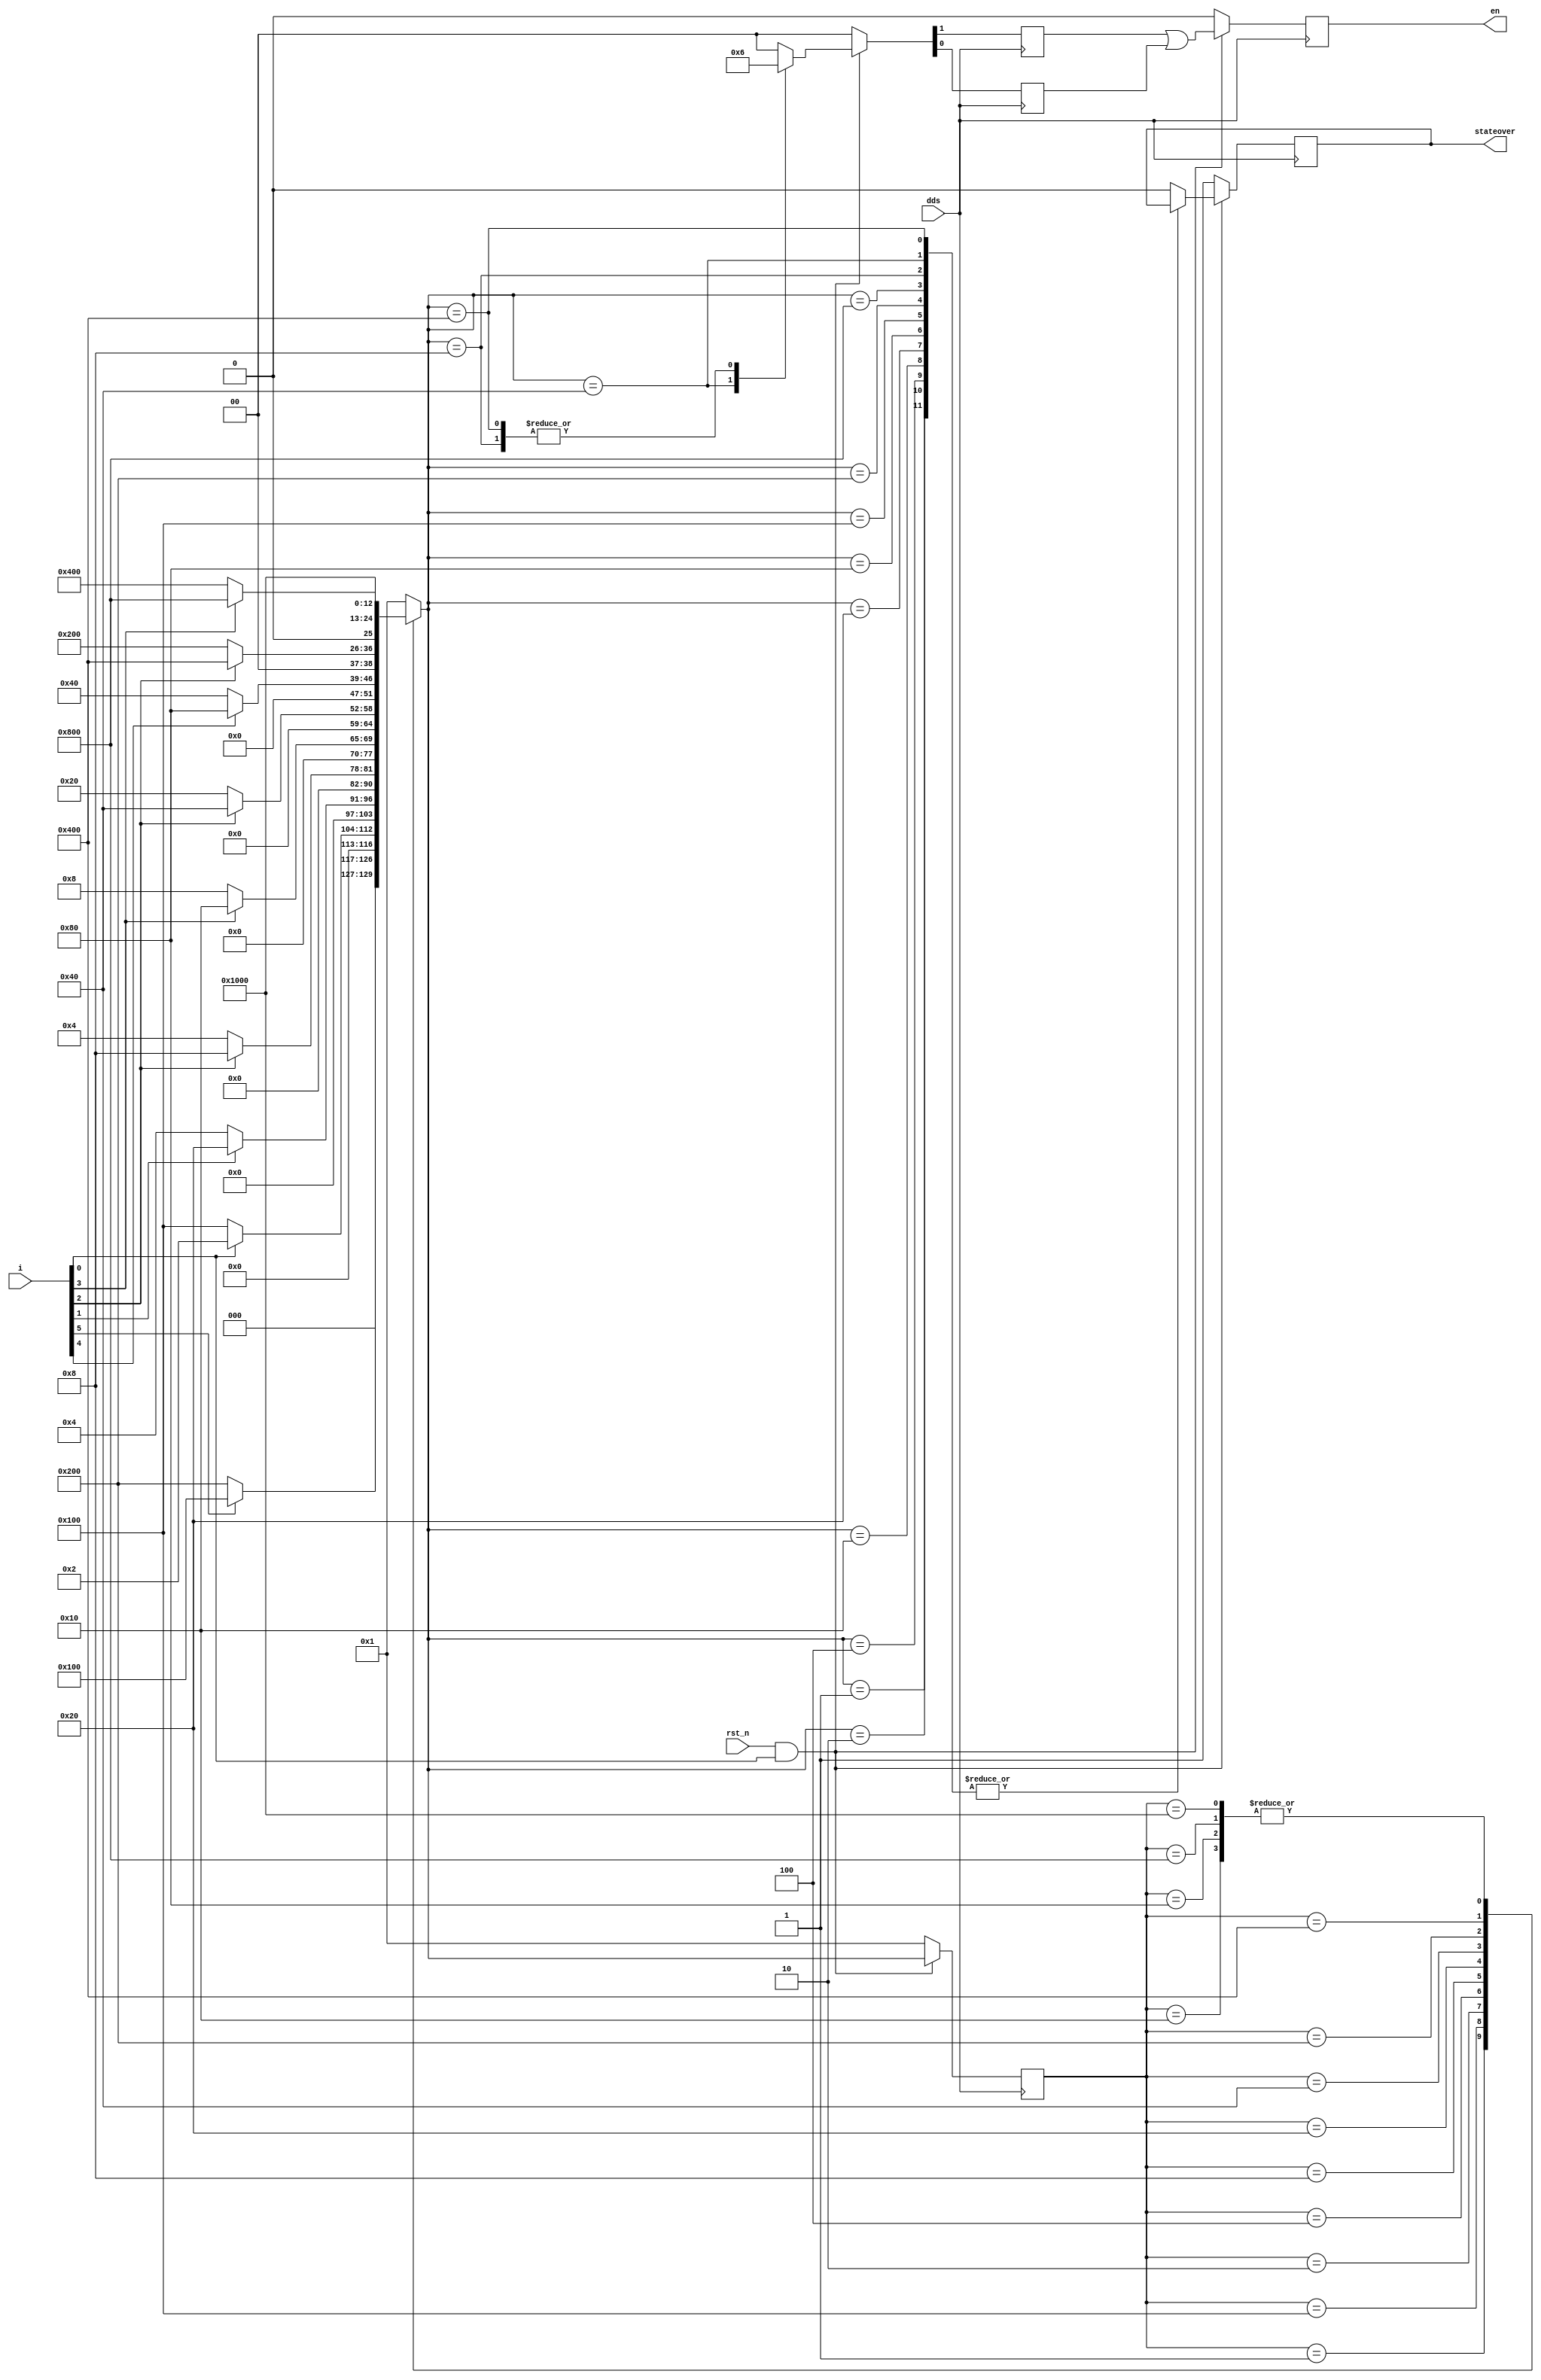
module  pd_pluse_state(
                       dds,
                       rst_n,
                       i,
                       en,
                       stateover                  
                       );

input dds;
input rst_n;
input [5:0] i;

output stateover;
output en;

//output en1;
//output en2;

reg [12:0] ns;
reg [12:0] cs;

reg en1;
reg en2;
reg stateover;

reg en;
wire state_initial;

assign state_initial = rst_n & i[0];

//assign en=en1|en2;

parameter [12:0]  IDLE = 13'b0000000000001,
                 S1   =  13'b0000000000010,
                 S2   =  13'b0000000000100,
                 S3   =  13'b0000000001000,
                 S4   =  13'b0000000010000,
                
                 S20   = 13'b0000000100000,
                 S21   = 13'b0000001000000,
                 S22   = 13'b0000010000000,

                 S50   = 13'b0000100000000,
                 S51   = 13'b0001000000000,
                 S52   = 13'b0010000000000,
                 S53   = 13'b0100000000000,

                 S10   = 13'b1000000000000;


always @ (posedge dds)
    begin
         if (state_initial == 1'b0)
             cs <= IDLE;
         else
             cs <= ns;
    end

always @ (cs or i)
    begin
         case (cs)
             IDLE:
                  begin
                      if (i[5] == 1'b1)
                          ns = S50;
                      else
                          ns = S51;
                  end
                 
                 
              S50:   
                 begin
                      if (i[0] == 1'b1)
                          ns = S1;
                      else
                          ns = S50;
                 end
             S1:
                 begin
                      if (i[1] == 1'b0)
                          ns = S2;
                      else
                          ns = S20;
                 end
             S2:
                 begin
                      if (i[2] == 1'b1)
                          ns = S3;
                      else
                          ns = S2;
                 end
             S3:
                 begin
                      if (i[3] == 1'b1)
                          ns = S4;
                      else
                          ns = S3;
                 end


             S20: 
                 begin
                     if (i[2] == 1'b1)
                          ns = S21;
                      else
                          ns = S20;
                 end
             S21: 
                 begin
                         if (i[4] == 1'b1)
                          ns = S22;
                      else
                          ns = S21;
                 end

             S51: 
                 begin
                         if (i[2] == 1'b1)
                          ns = S52;
                      else
                          ns = S51;
                 end
             S52: 
                 begin
                         if (i[3] == 1'b1)
                          ns = S53;
                         else
                          ns = S52;
                 end


            S4:
                 begin
                          ns = S10;
                 end
            S22:
                begin
                          ns = S10;
                 end
            S53:
                begin
                          ns = S10;
                 end
            S10:
                begin
                          ns = S10;
                end
             default:
                 ns = IDLE;
         endcase
    end

always @ (posedge dds)
    begin
         if (state_initial == 1'b0)
             begin//stateoverrst_ntimerstateovertimer
                  {en1,en2} <= 2'b00;
                  stateover             <= 1'b1;
             end
         else
             begin
                  case (ns)
                      IDLE:
                          {en1,en2} <= 2'b00;
                      S1:
                          {en1,en2} <= 2'b00;
                      
                      S2:
                          {en1,en2} <= 2'b00;
                      S3:
                          {en1,en2} <= 2'b10;
                      S4:
                          {en1,en2} <= 2'b00;
                       
                      
                      S20:
                          {en1,en2} <= 2'b00;
                      S21:
                          {en1,en2} <= 2'b01;
                      S22:
                          {en1,en2} <= 2'b00;
                      
                      
                      S50:
                          {en1,en2} <= 2'b00;
                      S51:
                          {en1,en2} <= 2'b00;
                      S52:
                          {en1,en2} <= 2'b10;
                      S53:
                          {en1,en2} <= 2'b00;                     

                      S10:
                          begin//S4stateoverstateover
                               {en1,en2} <= 2'b00;
                                stateover <= 1'b0;
                          end

                      default:
                          begin
                               {en1,en2} <= 2'b00;
                               stateover <= 1'b0;
                          end
                  endcase
             end
    end


always @ (posedge dds)
    begin
         if (state_initial == 1'b0)
             en <= 0;
         else
             en <= en1|en2;
    end

endmodule